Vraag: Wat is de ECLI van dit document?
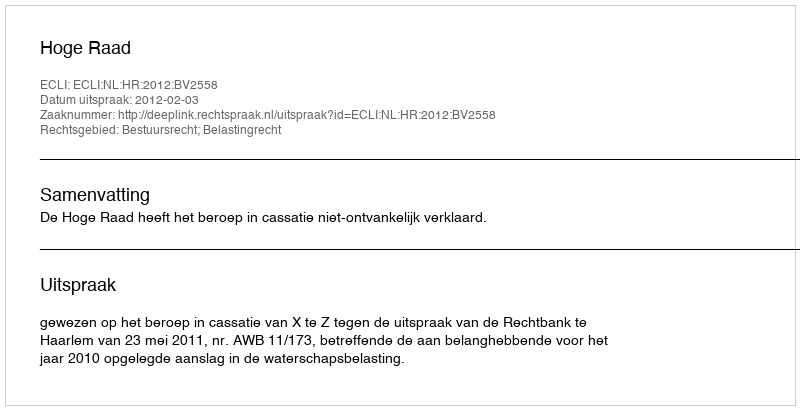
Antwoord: ECLI:NL:HR:2012:BV2558